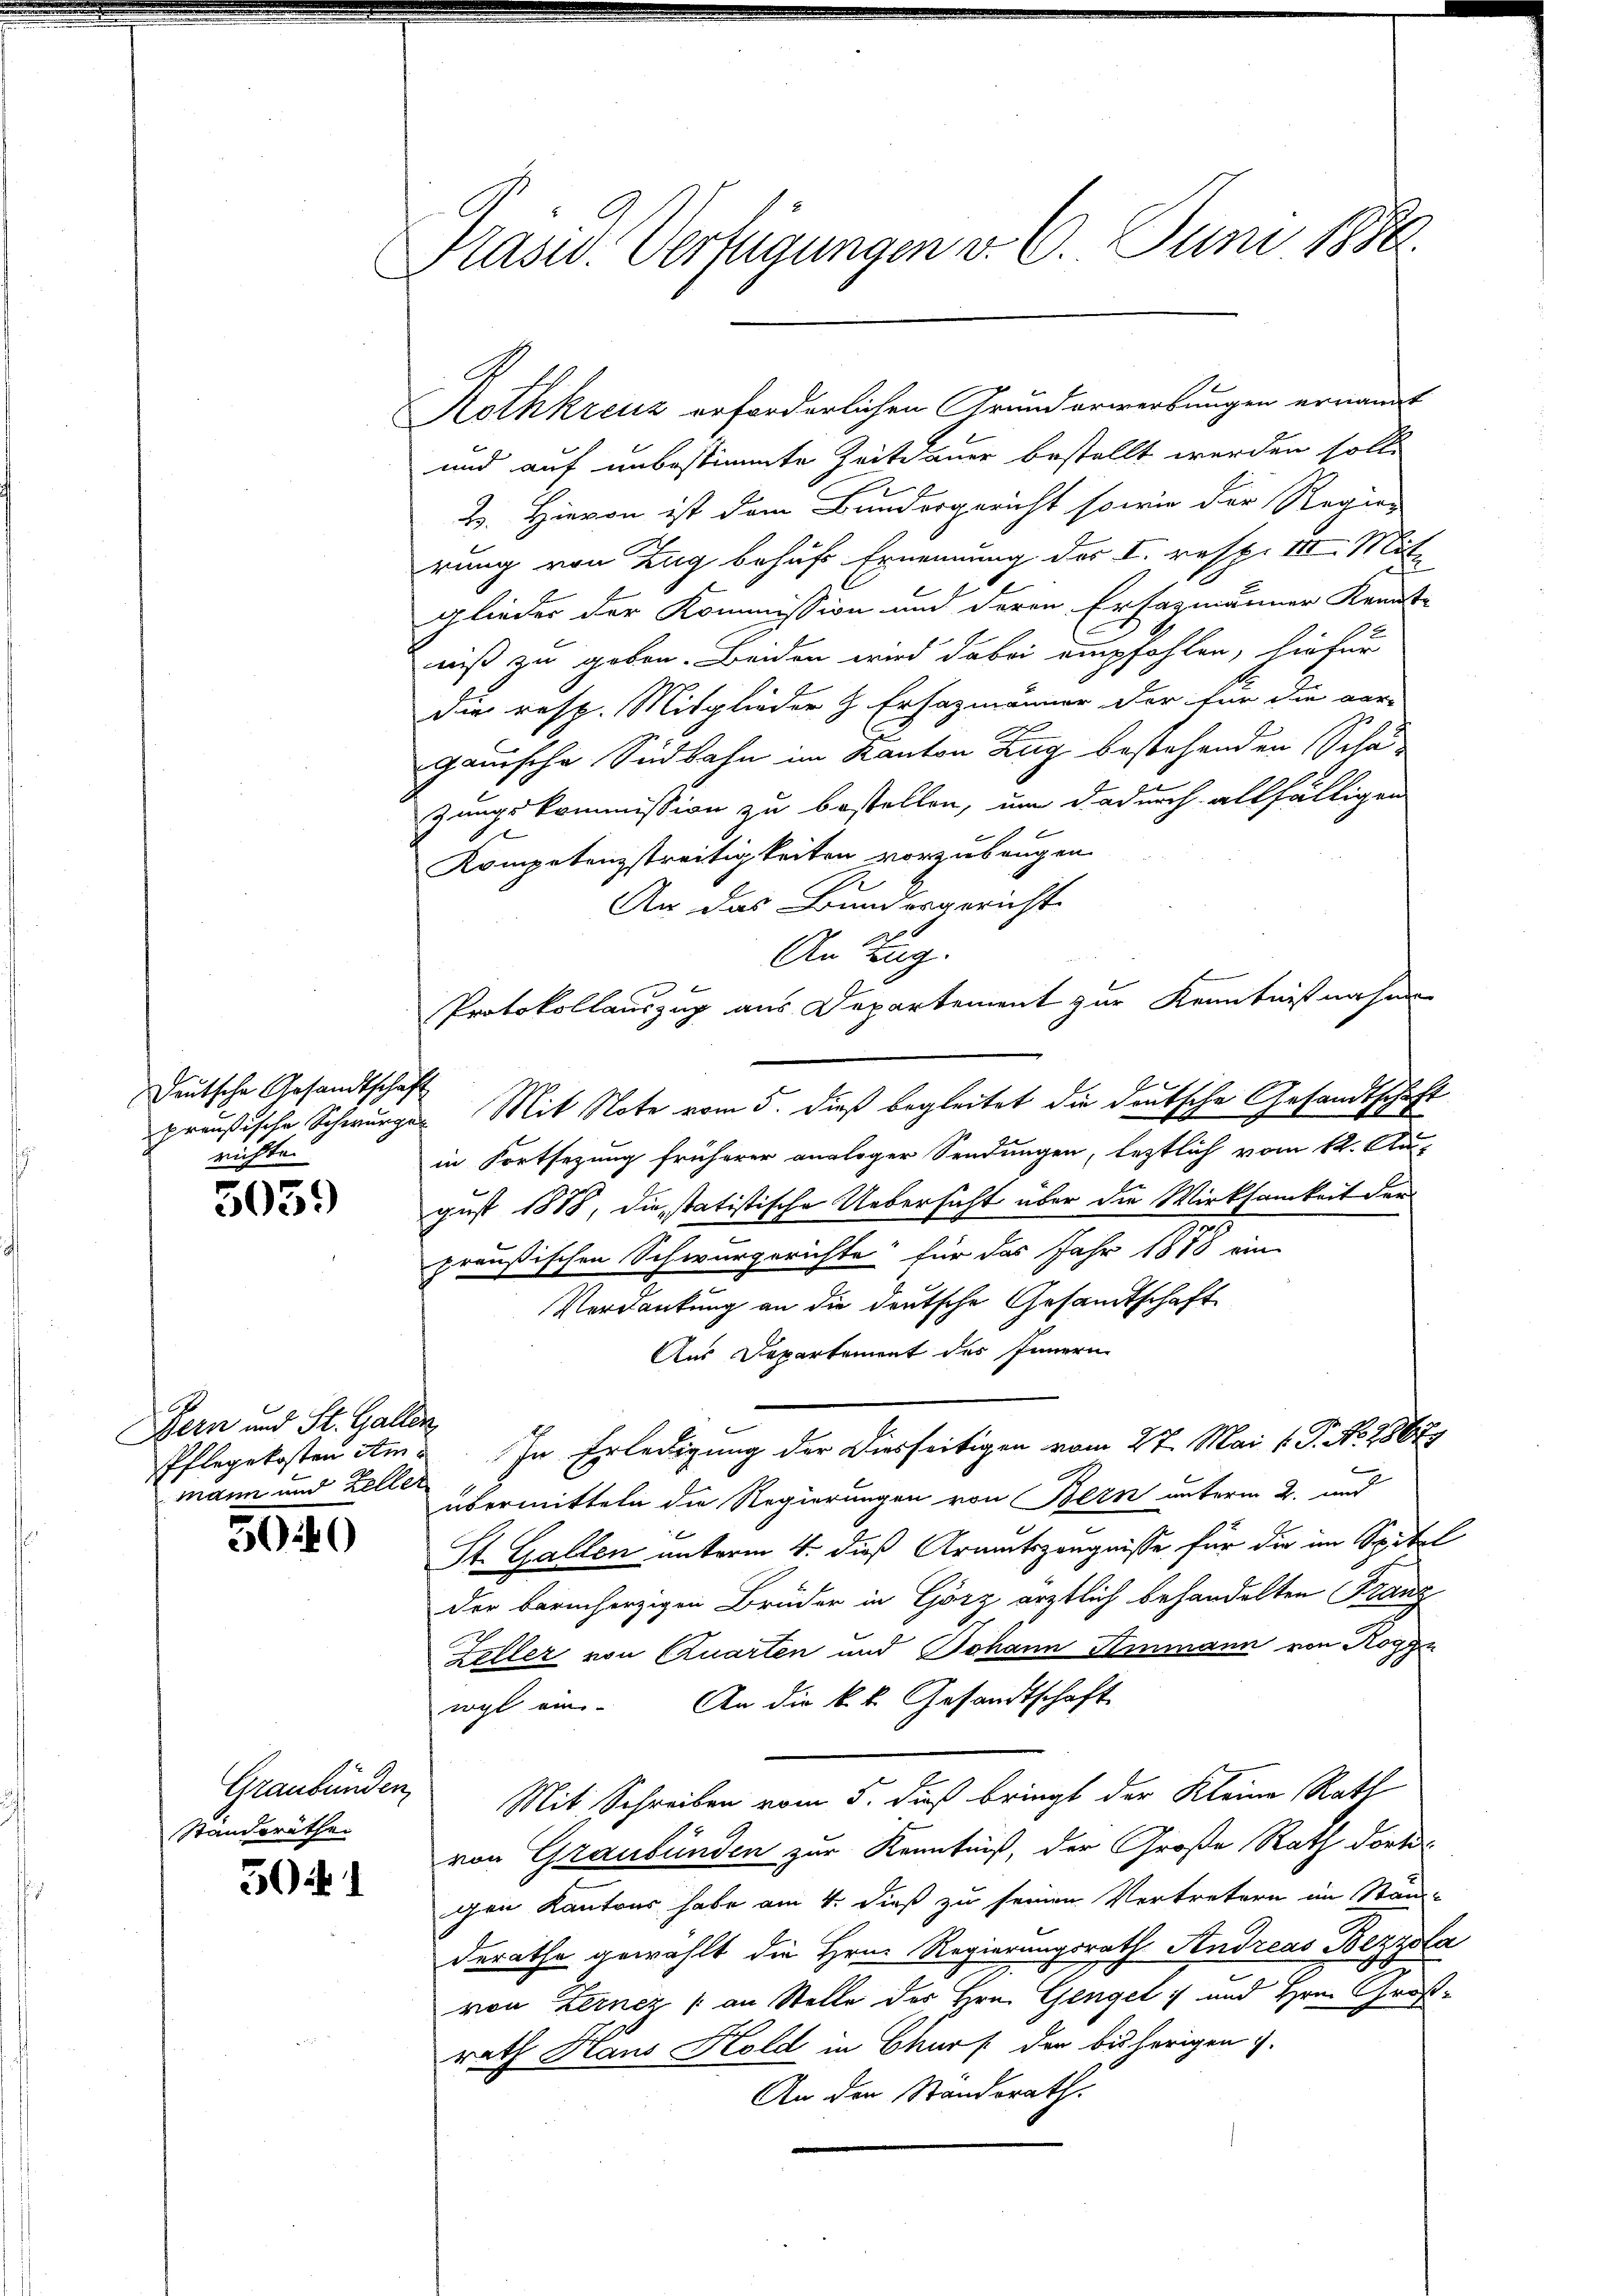
Deutsche Gesandtschaft
richten

5059

Bern und St. Gallen,
mann und Zeller

50440

Graubünden
Standsräthei

501

Präsid. Verfügungen v. 6. Juni 1850.

Rothkreuz erforderlichen Grunderwerbungen ernannt
und auf unbestimmte Zeitdauer bestellt werden solle
B. Hievon ist dem Bundergericht so wie der Regier
rung von Zug behufs Ernennung des I. resp. III. Mitglieder der Kommission und deren Erfagmänner Kennt-
niß zu geben. Beiden wird dabei empfohlen, hiefür
Die resp. Mitglieder H. Ersatzmänner der für die ver-
ganische Südbahn im Kanton Zug bestehenden Schazungskommission zu bestellen, um dadurch allfälligen
Kompetenzstreitigkeiten vorzubeugen.
An das Bundesgericht
An Tag.
Protokollauszug aus Departement zur Kenntnißnahme
preußische Schwurger Mit Note vom 5. dieß begleitet die deutsche Gesandtschaft
in Fortsetzung früherer analoger Sendungen, letztlich vom 12. Au-
gust 1818, die statistische Uebersicht über die Wirksamkeit der
preußischen Schwurgerichte für das Jahr 1888 ein
Verdankung an die deutsche Gesandtschaft
Aus Departement des Innern
Pflegekosten Am 2. In Erledigung der Diesseitigen vom 27. Mai v. P. No. 18677
übermitteln die Regierungen von Bern unterm 2. und
St. Gallen unterm 4. dieß Armutszeugnisse für die im Spital
der barmherzigen Brüder in Görz ärztlich behandelten Franz
Zeller von Quarten und Johann Ammann von Rogg
wyl ein. An die k.k. Gesandtschaft
Mit Schreiben vom 5. dieß bringt der Kleine Rath
von Graubünden zur Kenntniß, der Große Rath dorti-
gen Kantons habe am 4. dieß zu seinen Vertretern im Stand-
derathe gewählt die Hrn. Regierungsrath Sendreas Bezzola
von Lernez / an Stelle der Hrn. Gengel :/ und Hrn. Großrath Haus Hold in Churs der bisherigen.
An den Standsrath.